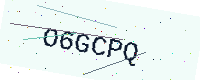
Text: O6GCPQ